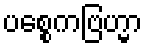
ပစ္စေကဗြဟ္မာ